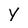
Character: y